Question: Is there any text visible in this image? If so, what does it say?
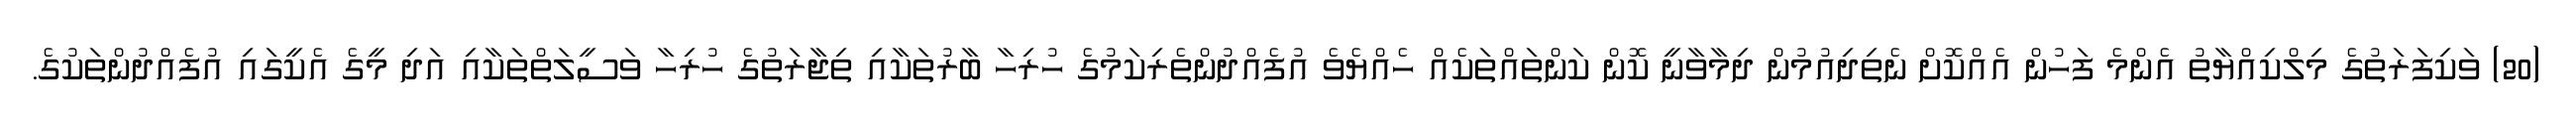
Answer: (20) ވަކިފަރަތުގެ މިލްކިއްޔާތު އެންމެ ފަހުން އެއްކޮށް ނެތިދިއުމުން ދިމާވާނީ ކޮން ކަންތައްތަކެއް ހެއްޔެވެ އުފެއްދުންތެރިކަމުގެ ހުރިހާ ބާރުތަކާއި ތިޖާރަތުގެ ހުރިހާ ވަސީލަތްތަކާއި އަދި މީގެ އެކީގައި އުފެއްދުންތަކުގެ.